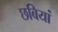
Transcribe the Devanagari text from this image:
छबियां